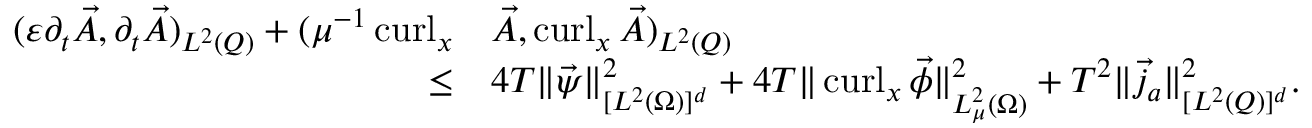
\begin{array} { r l } { ( \varepsilon \partial _ { t } \vec { A } , \partial _ { t } \vec { A } ) _ { L ^ { 2 } ( Q ) } + ( \mu ^ { - 1 } \operatorname { c u r l } _ { x } } & { \vec { A } , \operatorname { c u r l } _ { x } \vec { A } ) _ { L ^ { 2 } ( Q ) } } \\ { \leq } & { 4 T \| \vec { \psi } \| _ { [ L ^ { 2 } ( \Omega ) ] ^ { d } } ^ { 2 } + 4 T \| \operatorname { c u r l } _ { x } \vec { \phi } \| _ { L _ { \mu } ^ { 2 } ( \Omega ) } ^ { 2 } + T ^ { 2 } \| \vec { j } _ { a } \| _ { [ L ^ { 2 } ( Q ) ] ^ { d } } ^ { 2 } . } \end{array}